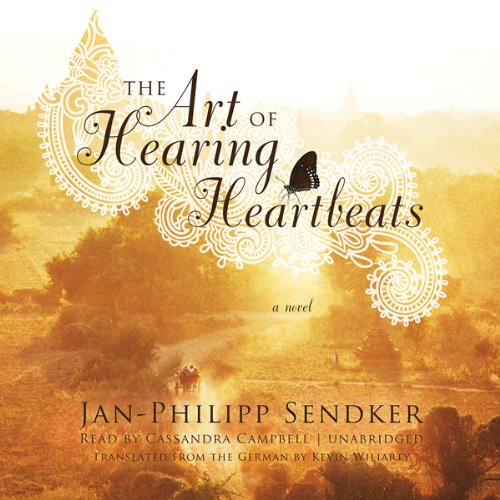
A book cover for The Art of Hearing Heartbeats: A Novel; Jan-Philipp Sendker; Reference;